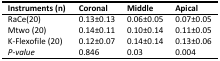
<table><thead><tr><td><b>Instruments (n)</b></td><td><b>Coronal</b></td><td><b>Middle</b></td><td><b>Apical</b></td></tr></thead><tbody><tr><td>RaCe(20)</td><td>0.13±0.13</td><td>0.06±0.05</td><td>0.07±0.05</td></tr><tr><td>Mtwo (20)</td><td>0.14±0.11</td><td>0.10±0.14</td><td>0.11±0.05</td></tr><tr><td>K-Flexofile (20)</td><td>0.12±0.07</td><td>0.14±0.14</td><td>0.13±0.06</td></tr><tr><td><i>P-value</i></td><td>0.846</td><td>0.03</td><td>0.004</td></tr></tbody></table>